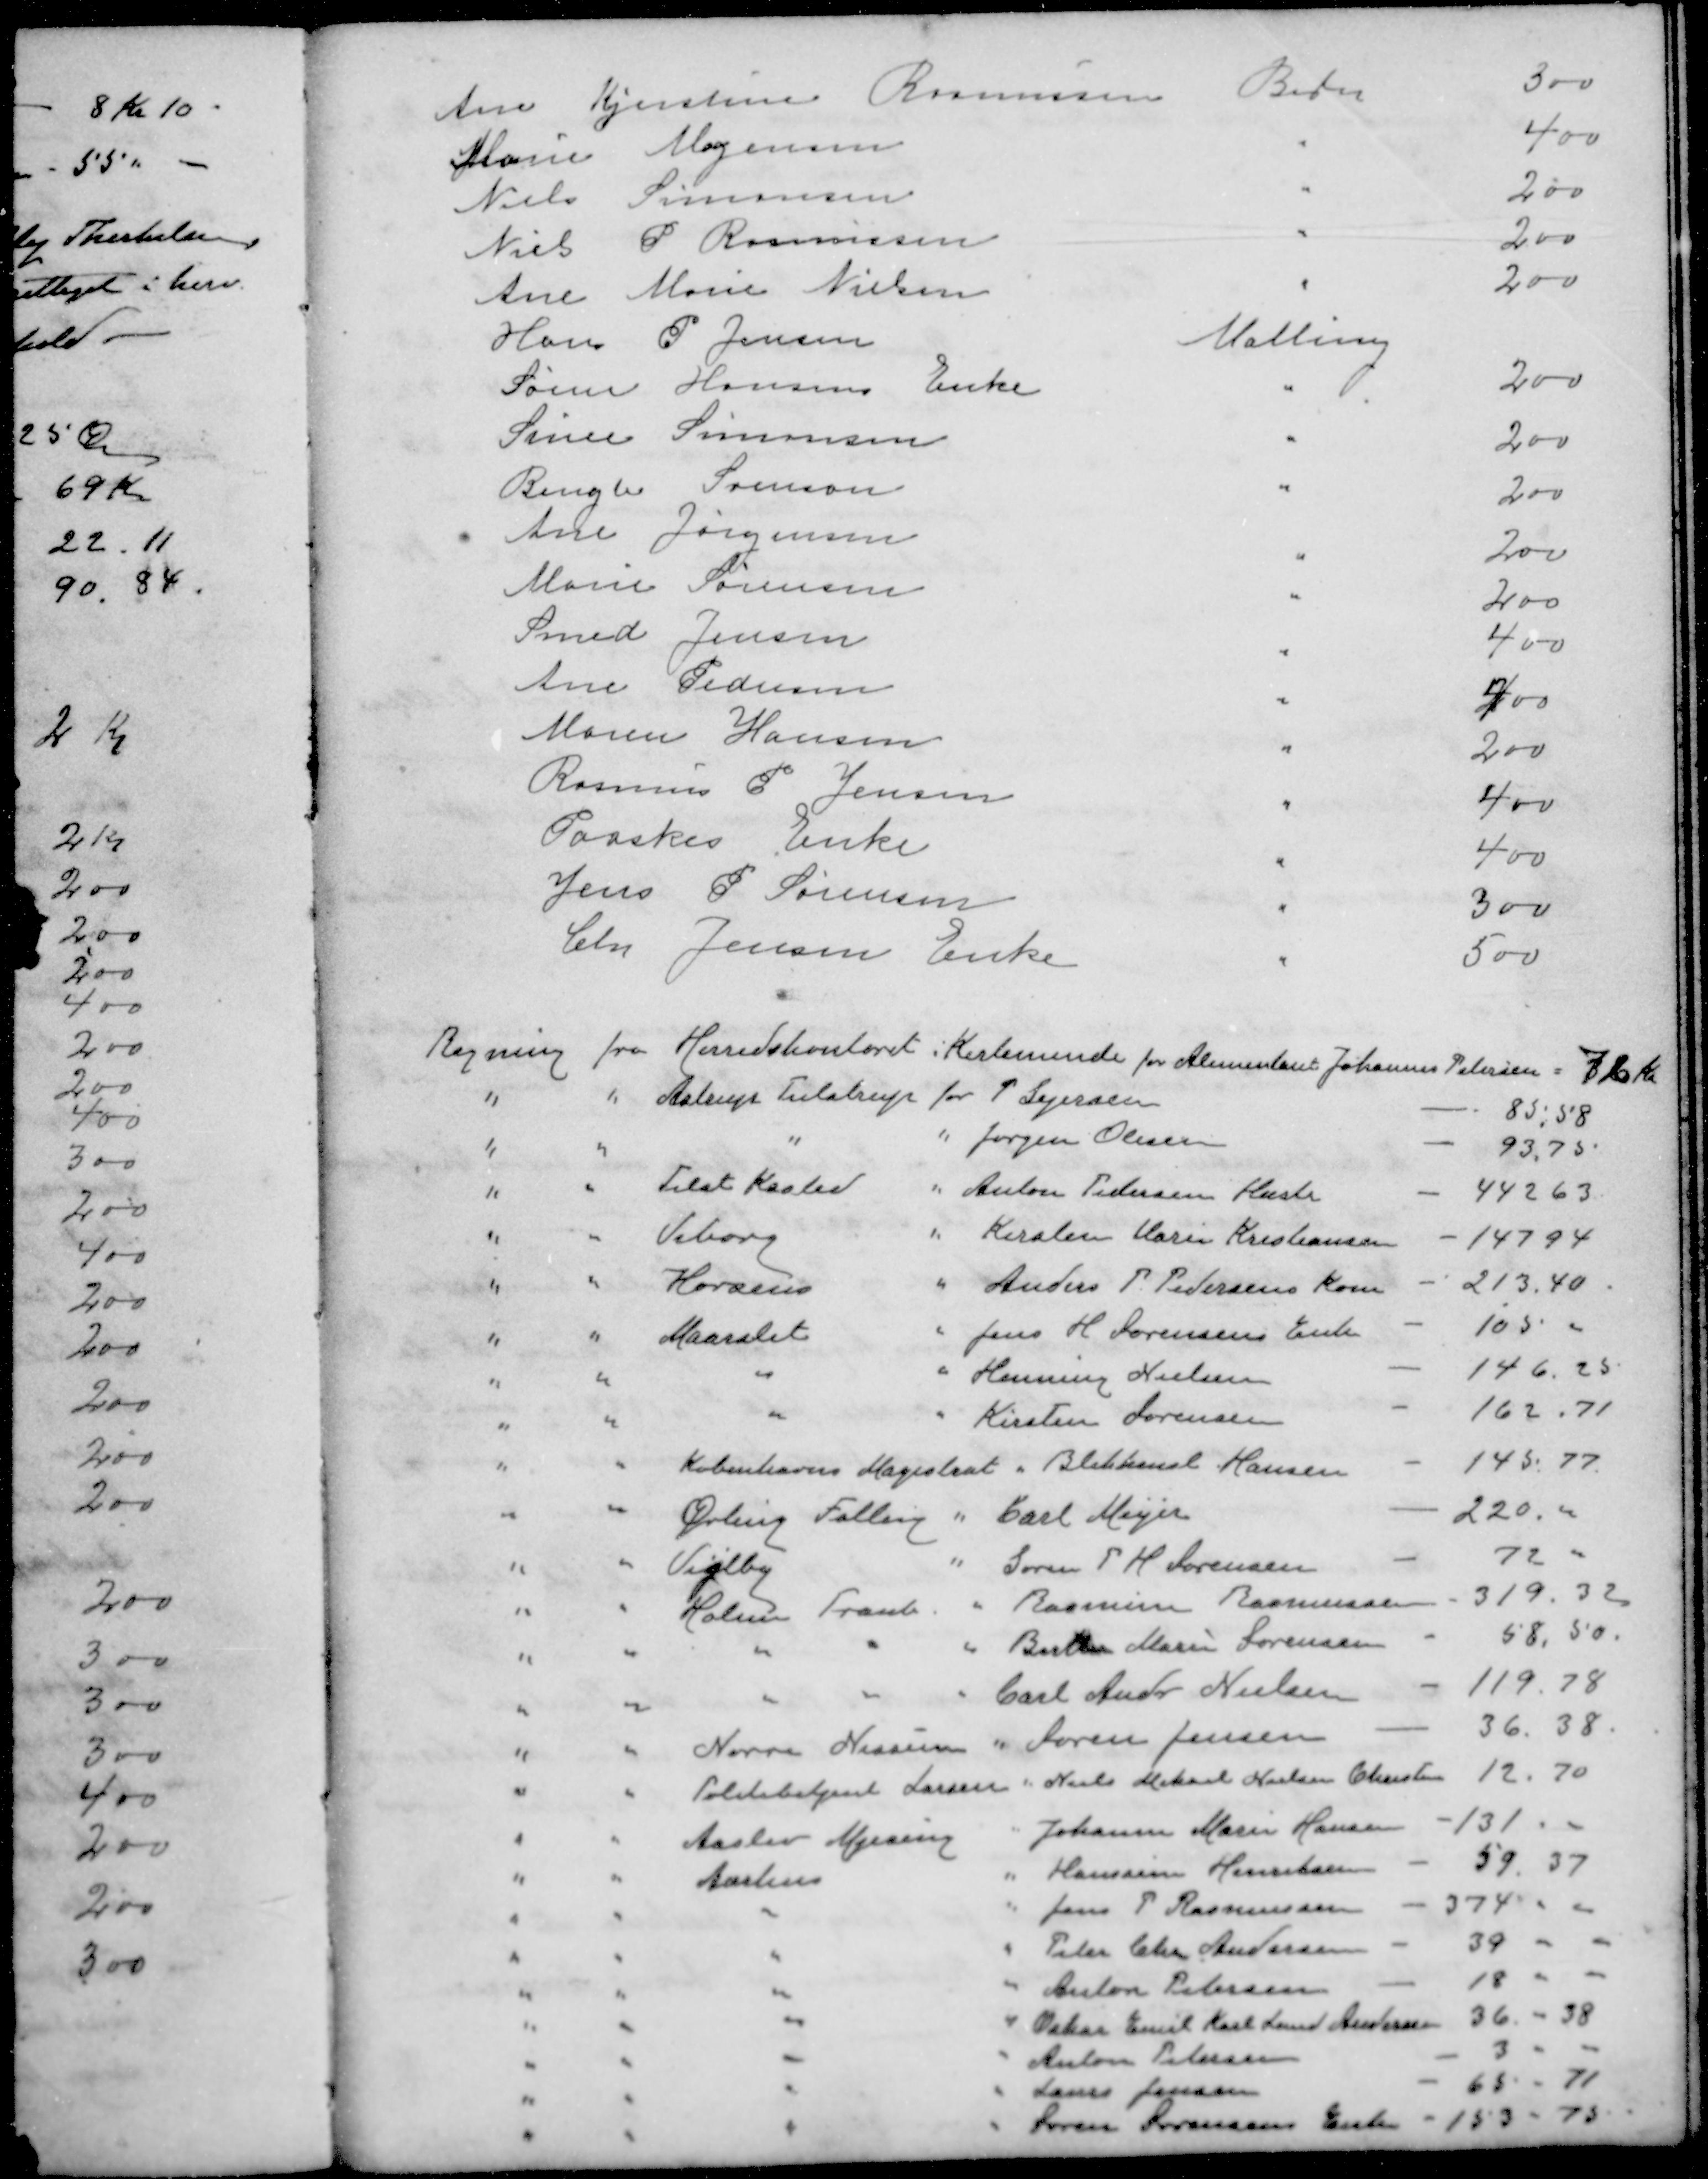
Transskription:
Ane Kjirstine Rasmussen
Beder
300
Marie Mogensen
"
400
Niels Simonsen
"
200
Niels P Rasmussen
"
200
Ane Marie Nielsen
"
200
Hans P Jensen
Malling
Søren Hansens Enke
"
200
Sinne Simonsen
"
200
Bengte Svenson
"
200
Ane Jørgensen

200
Marie Sørensen

200
Smed Jensen
"
400
Ane Pedersen
"
400
Marius Hansen
"
200
Rasmus P. Jensen
"
400
Paaskes Enke
"
400
Jens P Sørensen
"
300
Chr Jensen Enke
"
500
Regning
fra Herredskontoret
i Kerteminde for Alimentant Johannes Petersen = 72 Kr
"
"
Astrup Tulstrup
for P Sejersen
85,58
"
"
"
" Jørgen Olesen
93,75.
"
"
Tilst Kasted
" Anton Pedersen Hustru
442 63
"
"
Viborg
" Kirsten Marie Kristiansen
147 94
"
"
Horsens
" Anders P. Pedersens Kone
213,40
"
"
Maarslet
" Jens H Sørensens Enk
105 -
"
"
"
" Henning Nielsen
146,25
"
"
"
" Kirsten Sørensen
162,71
"
"
Københavns Magistrat " Blikkensl Hansen
145,77
"
"
Ørting Falling
" Carl Meyer
220.00
"
"
Vejlby
" Søren P H Sørensen
72 -
"
"
Holme Tranb
" Rasmine Rasmussen
319.32
"
"
"
"
" Berthe Marie Sørensen
58,50.
"
"
"
"
Carl Andr Nielsen
119.78
"
"
Nørre Nissumm
" Søren Jensen
36.38.
"
"
Politibetjent Larsen " Niels Mikael Nielsen Christen
12.70
"
"
Aaslev Mjesing
Johanne Marie Hansen
131.-
"
"
Aarhus
" Hanssine Henriksen
59.37
"
"
"
" Jens P Rasmussen
374 " "
"
"
"
" Peter Chr Andersen
39 " "
"
"
"
" Anton Petersen
18 " " 
"
"
"
" Oskar Emil Karl Lund Andersen
36 - 38
"
"
"
" Anton Petersen
3 " " 
"
"
"
" Laurs Jonasen
65 " 71
"
"
"
" Søren Sørensens Enke - 153 - 73